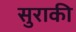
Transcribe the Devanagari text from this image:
सुराकी